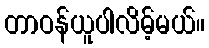
တာဝန်ယူပါလိမ့်မယ်။